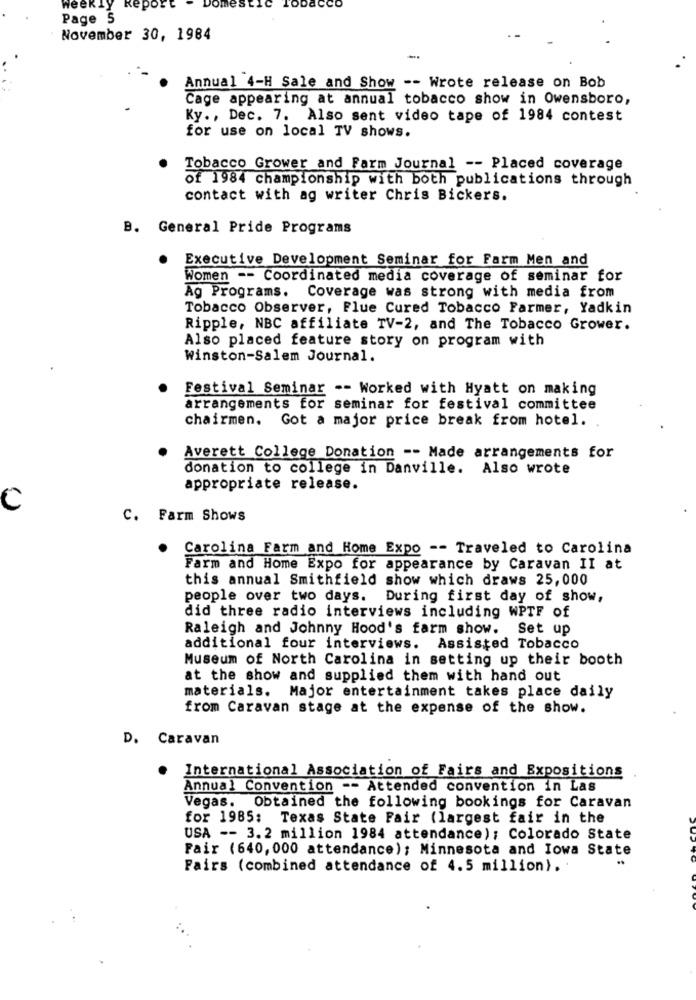
leek
eport
Domestic Tobacco
Page 5
November 30, 1984
-
Annual 4-H Sale and Show -- Wrote release on Bob
Cage appearing at annual tobacco show in Owensboro,
Ky ., Dec. 7. Also sent video tape of 1984 contest
for use on local TV shows.
Tobacco Grower and Farm Journal -- Placed coverage
of 1984 championship with both publications through
contact with ag writer Chris Bickers.
B. General Pride Programs
Executive Development Seminar for Farm Men and
Women -- Coordinated media coverage of seminar for
Ag Programs. Coverage was strong with media from
Tobacco Observer, Flue Cured Tobacco Farmer, Yadkin
Ripple, NBC affiliate TV-2, and The Tobacco Grower.
Also placed feature story on program with
Winston-Salem Journal.
Festival Seminar -- Worked with Hyatt on making
arrangements for seminar for festival committee
chairmen. Got a major price break from hotel.
Averett College Donation -- Made arrangements for
donation to college in Danville. Also wrote
appropriate release.
C
C. Farm Shows
Carolina Farm and Home Expo -- Traveled to Carolina
Farm and Home Expo for appearance by Caravan II at
this annual Smithfield show which draws 25,000
people over two days. During first day of show,
did three radio interviews including WPTF of
Raleigh and Johnny Hood's farm show. Set up
additional four interviews. Assisted Tobacco
Museum of North Carolina in setting up their booth
at the show and supplied them with hand out
materials. Major entertainment takes place daily
from Caravan stage at the expense of the show.
D. Caravan
International Association of Fairs and Expositions
Annual Convention -- Attended convention in Las
Vegas. Obtained the following bookings for Caravan
for 1985: Texas State Fair (largest fair in the
USA -- 3. 2 million 1984 attendance); Colorado State
Fair (640, 000 attendance); Minnesota and Iowa State
Fairs (combined attendance of 4.5 million).